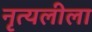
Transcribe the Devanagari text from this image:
नृत्यलीला